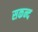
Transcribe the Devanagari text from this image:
सकन्द